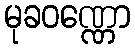
မုခဝဏ္ဏော